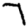
Digit: 7